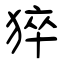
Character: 猝